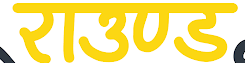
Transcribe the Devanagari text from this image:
राउण्ड